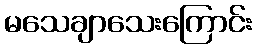
မသေချာသေးကြောင်း